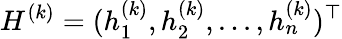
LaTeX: H^{(k)}=(h_{1}^{(k)},h_{2}^{(k)},...,h_{n}^{(k)})^{\top}